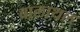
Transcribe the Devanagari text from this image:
बालाथल